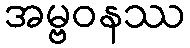
အမ္ဗဝနဿ